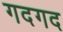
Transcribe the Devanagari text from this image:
गदगद